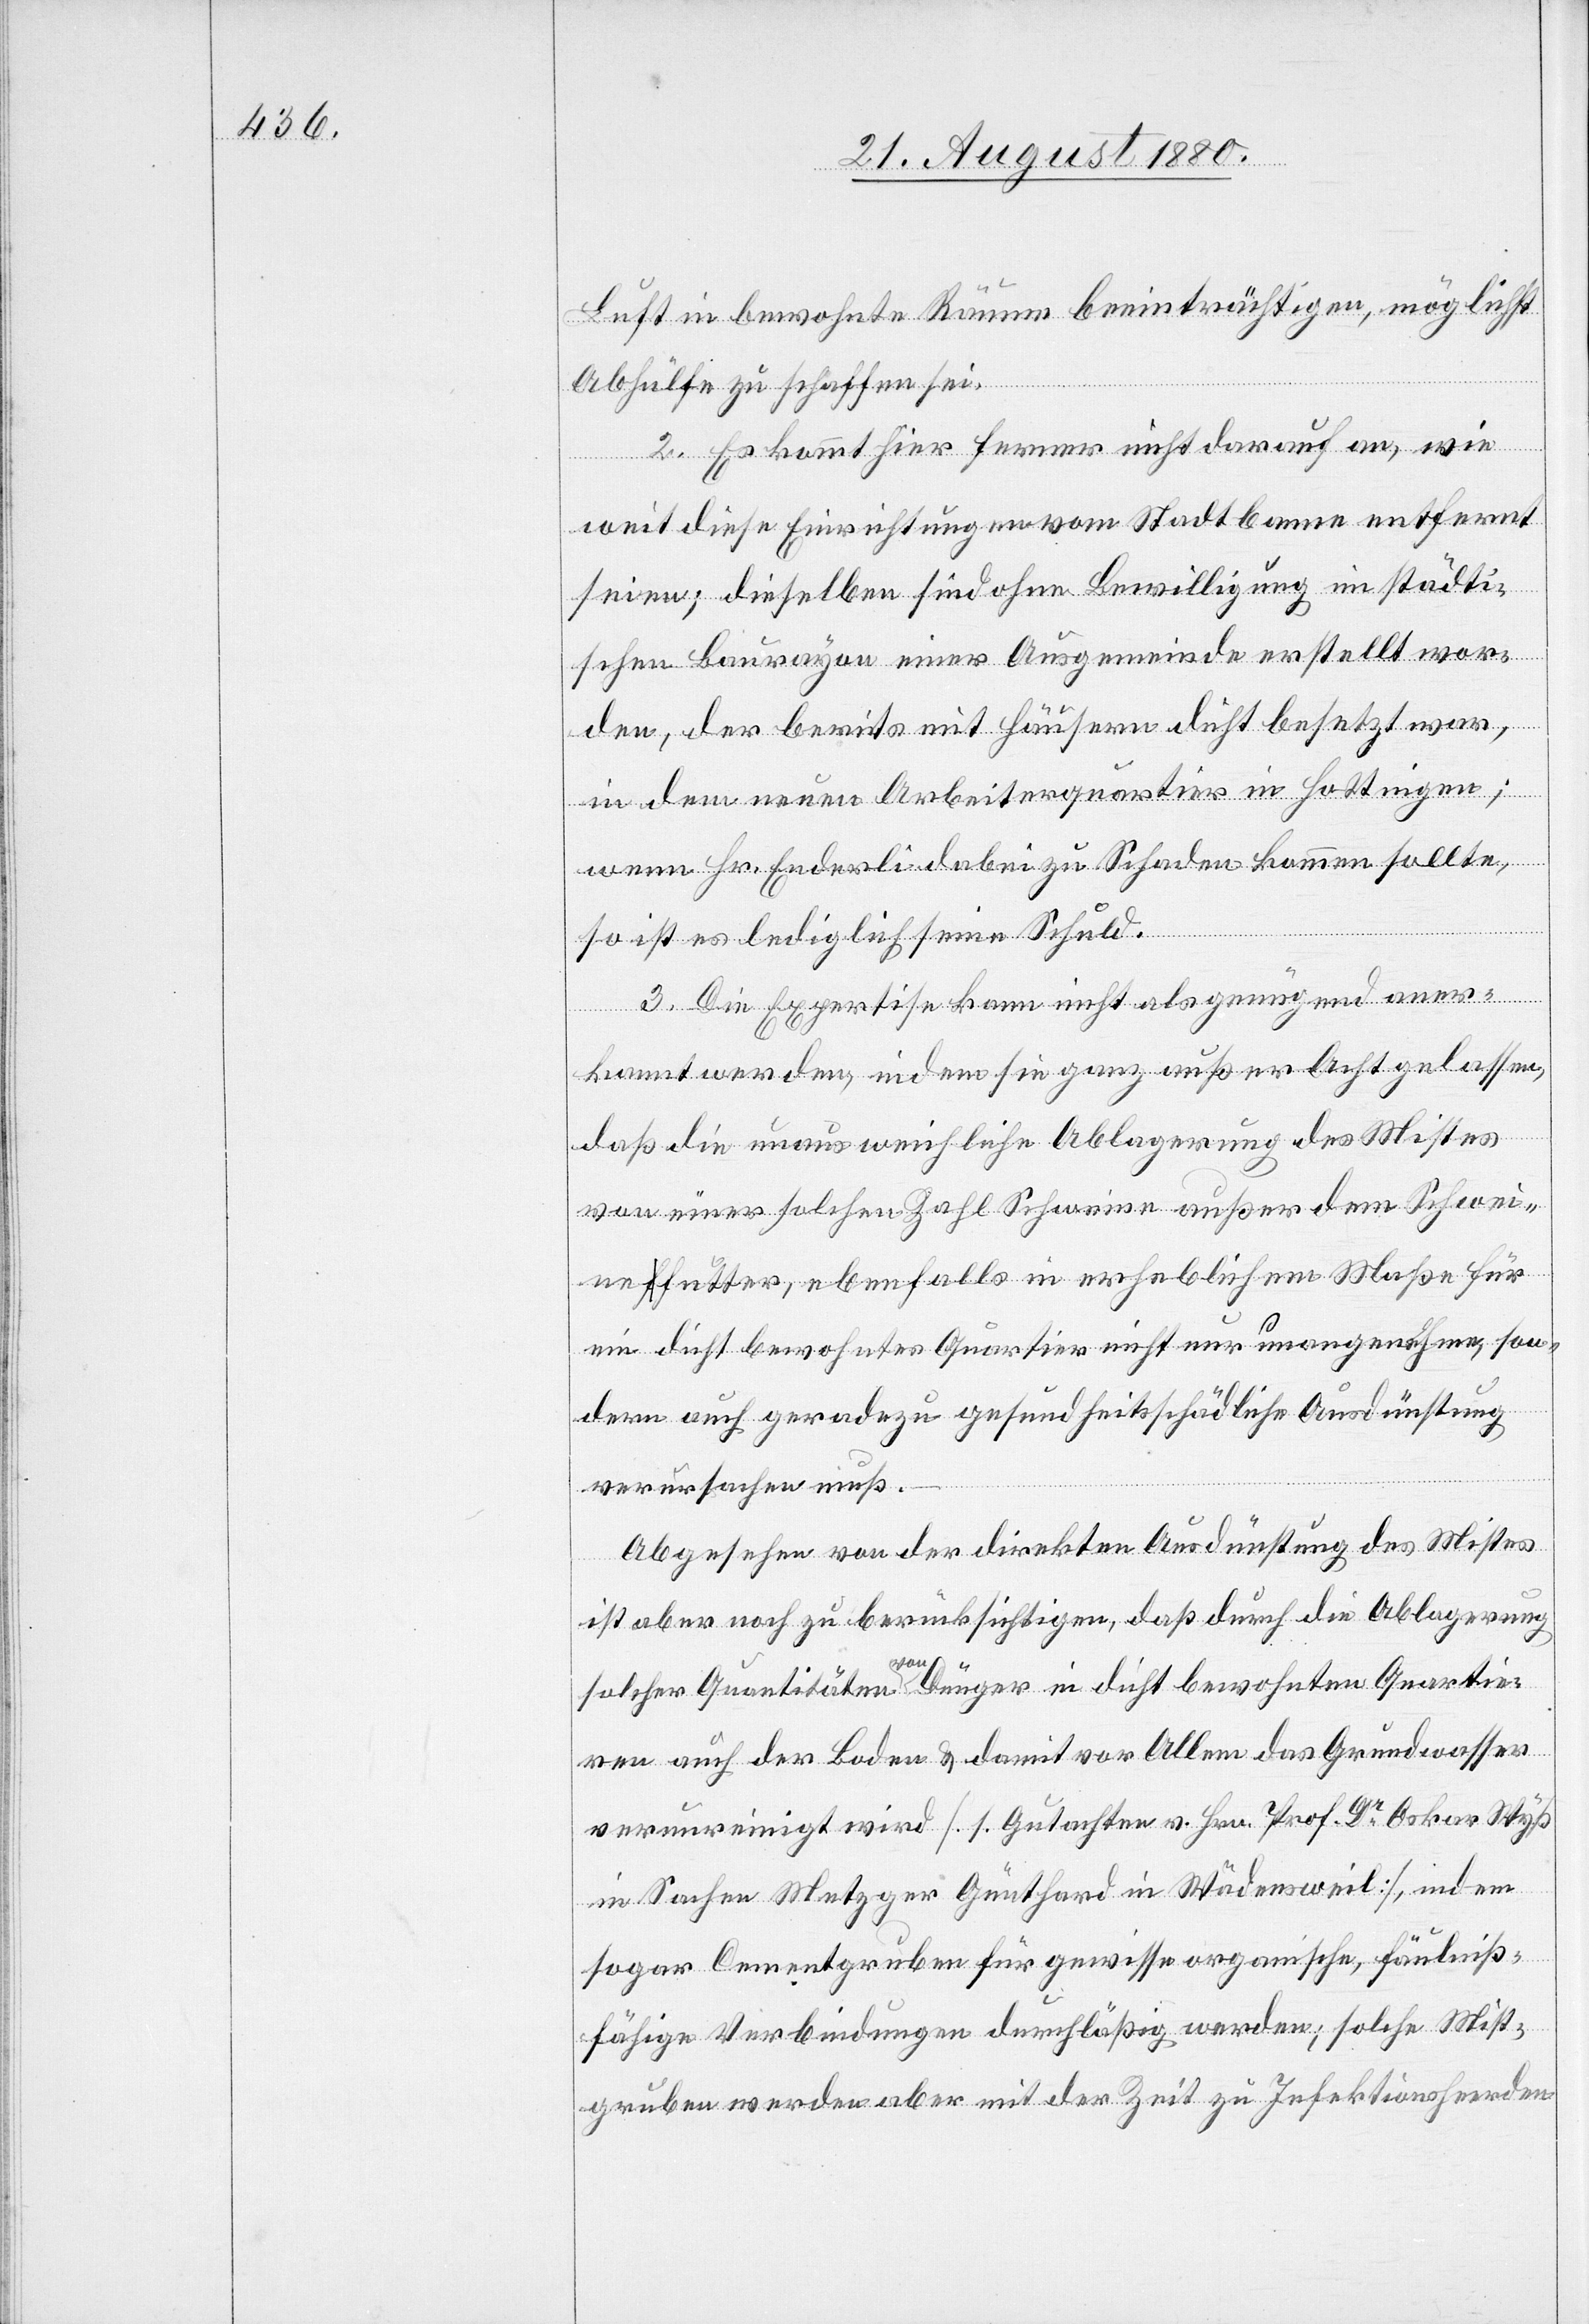
Luft in bewohnte Räume beeinträchtigen, möglichst
Abhülfe zu schaffen sei.
2. Es kommt hier ferner nicht darauf an, wie
weit diese Einrichtungen vom Stadtbaue entfernt
seien; dieselben sind ohne Bewilligung im städti¬
schen Baurayon einer Ausgemeinde erstellt wor¬
den, der bereits mit Häusern dicht besetzt war,
in dem neuen Arbeiterquartier in Hottingen;
wenn Hr. Enderli dabei zu Schaden kommen sollte,
so ist es lediglich seine Schuld.
3. Die Expertise kann nicht als genügend aner¬
kannt werden, indem sie ganz außer Acht gelassen,
daß die unausweichliche Ablagerung des Mistes
von einer solchen Zahl Schweinen außer dem Schwei¬
nefutter, ebenfalls in erheblichem Maße für
ein dicht bewohntes Quartier nicht nur unangenehme, son¬
dern auch geradezu gesundheitsschädliche Ausdünstung
verursachen muß.
Abgesehen von der direkten Ausdünstung des Mistes
ist aber noch zu berücksichtigen, daß durch die Ablagerung
solcher Quantitäten von Dünger in dicht bewohnten Quartie¬
ren auch der Boden & damit vor Allem das Grundwasser
verunreinigt wird [1. Gutachten v. Hrn. Dr Oskar Wyß
in Sachen Metzger Gunthard in Wädensweil], indem
sogar Cementgruben für gewisse organische, fäulniß¬
fähige Verbindungen durchläßig werden; solche Mist¬
gruben werden aber mit der Zeit zu Infektionsheerden